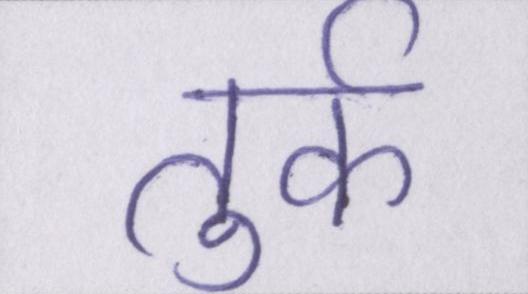
तुर्क